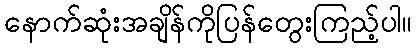
နောက်ဆုံးအချိန်ကိုပြန်တွေးကြည့်ပါ။